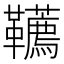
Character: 韉